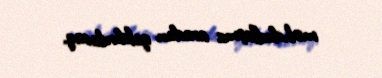
məhdudlaşma aradan qaldırılacaq.